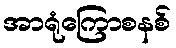
အာရုံကြောစနစ်